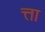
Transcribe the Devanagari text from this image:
त्ता